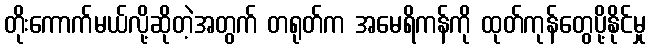
တိုးကောက်မယ်လို့ဆိုတဲ့အတွက် တရုတ်က အမေရိကန်ကို ထုတ်ကုန်တွေပို့နိုင်မှု